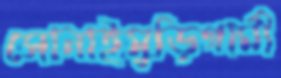
সোনাইমুড়িগামী